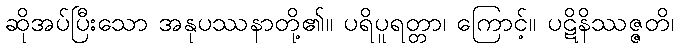
ဆိုအပ်ပြီးသော အနုပဿနာတို့၏။ ပရိပူရတ္တာ၊ ကြောင့်။ ပဋိနိဿဇ္ဇတိ၊